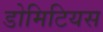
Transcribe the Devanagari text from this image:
डोमिटियस